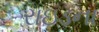
રાઇડના